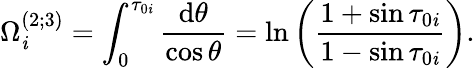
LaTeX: \Omega_{\mathit{i}}^{(2;3)}=\int_{0}^{\tau_{0\mathit{i}}}\frac{{\mathrm{{d}}\theta}}{{\cos\theta}}=\ln\left(\frac{{1+\sin\tau_{0\mathit{i}}}}{{1-\sin\tau_{0\mathit{i}}}}\right).